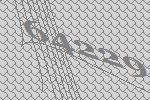
64229